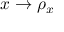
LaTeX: x \rightarrow \rho _ { x }